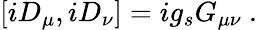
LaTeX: [iD_{\mu},iD_{\nu}]=ig_{s}G_{\mu\nu}\ .